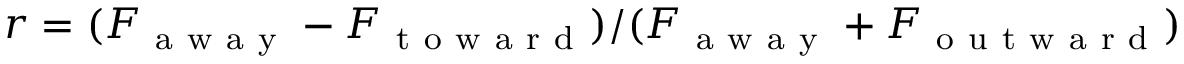
r = ( F _ { \mathrm { ~ a ~ w ~ a ~ y ~ } } - F _ { \mathrm { ~ t ~ o ~ w ~ a ~ r ~ d ~ } } ) / ( F _ { \mathrm { ~ a ~ w ~ a ~ y ~ } } + F _ { \mathrm { ~ o ~ u ~ t ~ w ~ a ~ r ~ d ~ } } )